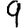
Digit: 9